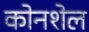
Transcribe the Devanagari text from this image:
कोनशेल